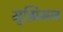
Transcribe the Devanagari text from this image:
मुझिमन